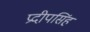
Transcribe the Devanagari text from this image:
प्रदीपसिंह